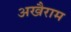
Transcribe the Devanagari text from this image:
अखैराम